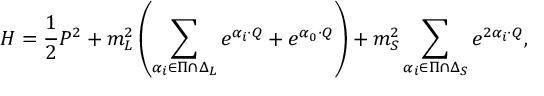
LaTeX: { \cal H } = { \frac { 1 } { 2 } } P ^ { 2 } + m _ { L } ^ { 2 } \left( \sum _ { \alpha _ { i } \in \Pi \cap \Delta _ { L } } e ^ { \alpha _ { i } \cdot Q } + e ^ { \alpha _ { 0 } \cdot Q } \right) + m _ { S } ^ { 2 } \sum _ { \alpha _ { i } \in \Pi \cap \Delta _ { S } } e ^ { 2 \alpha _ { i } \cdot Q } ,